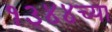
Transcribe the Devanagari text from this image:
१३४४च्या